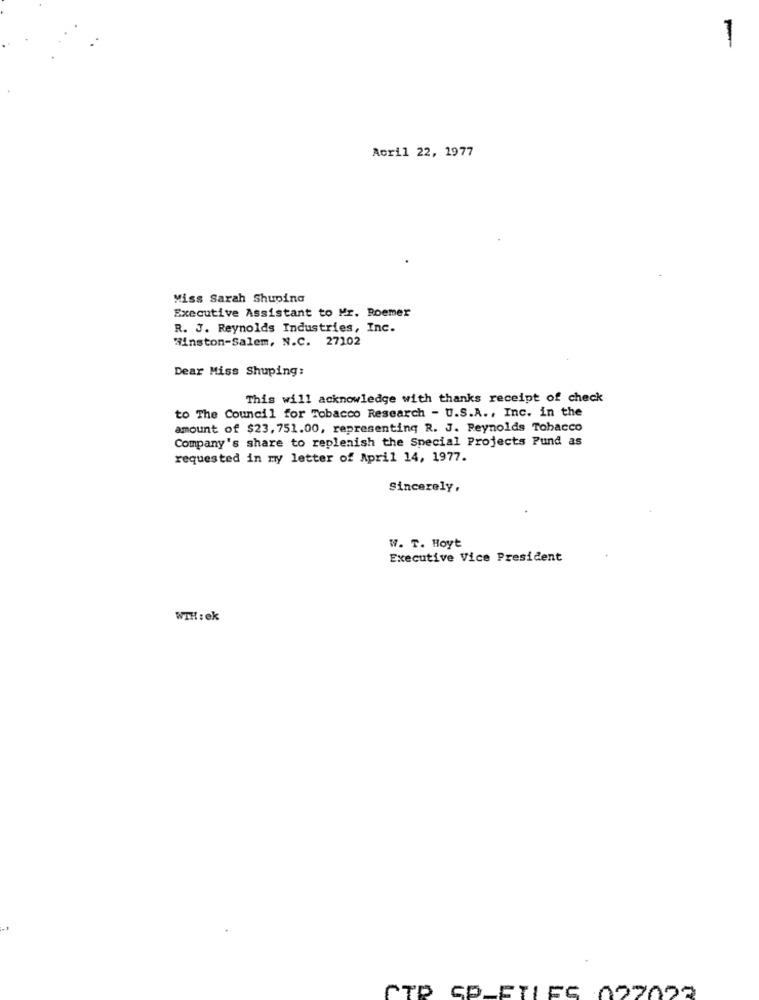
1
Acril 22, 1977
Miss Sarah Shuping
Executive Assistant to Mr. Roemer
R. J. Reynolds Industries, Inc.
Winston-Salem, N.C. 27102
Dear Miss Shuping:
This will acknowledge with thanks receipt of check
to The Council for Tobacco Research - U.S.A ., Inc. in the
amount of $23, 751.00, representing R. J. Reynolds Tobacco
Company's share to replenish the Special Projects Pund as
requested in my letter of April 14, 1977.
Sincerely,
W. T. Hoyt
Executive Vice President
WTH : ek
ATP SP_FILES 027022